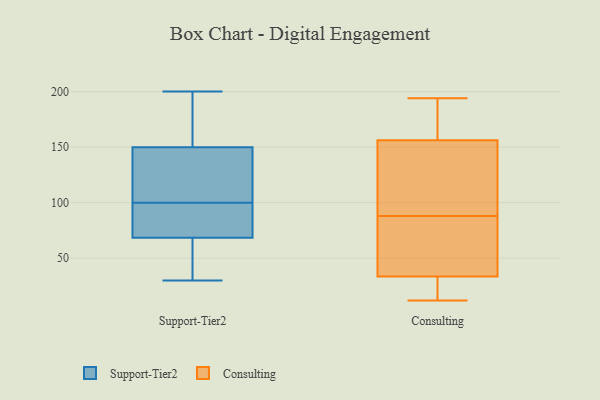
{"axis": {"x": "Customer Acquisition Cost (USD)", "y": "Value"}, "legend": ["Consulting", "Support-Tier2"], "data": [{"x": "", "y": 30, "type": "Support-Tier2"}, {"x": "", "y": 41, "type": "Support-Tier2"}, {"x": "", "y": 58, "type": "Support-Tier2"}, {"x": "", "y": 133, "type": "Support-Tier2"}, {"x": "", "y": 89, "type": "Support-Tier2"}, {"x": "", "y": 100, "type": "Support-Tier2"}, {"x": "", "y": 154, "type": "Support-Tier2"}, {"x": "", "y": 97, "type": "Support-Tier2"}, {"x": "", "y": 164, "type": "Support-Tier2"}, {"x": "", "y": 130, "type": "Support-Tier2"}, {"x": "", "y": 200, "type": "Support-Tier2"}, {"x": "", "y": 68, "type": "Support-Tier2"}, {"x": "", "y": 157, "type": "Support-Tier2"}, {"x": "", "y": 70, "type": "Support-Tier2"}, {"x": "", "y": 138, "type": "Support-Tier2"}, {"x": "", "y": 88, "type": "Consulting"}, {"x": "", "y": 63, "type": "Consulting"}, {"x": "", "y": 153, "type": "Consulting"}, {"x": "", "y": 38, "type": "Consulting"}, {"x": "", "y": 12, "type": "Consulting"}, {"x": "", "y": 166, "type": "Consulting"}, {"x": "", "y": 14, "type": "Consulting"}, {"x": "", "y": 20, "type": "Consulting"}, {"x": "", "y": 127, "type": "Consulting"}, {"x": "", "y": 194, "type": "Consulting"}, {"x": "", "y": 166, "type": "Consulting"}, {"x": "", "y": 77, "type": "Consulting"}, {"x": "", "y": 90, "type": "Consulting"}]}